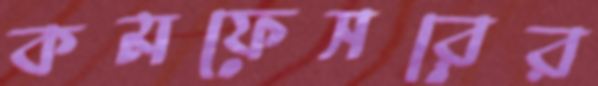
কমফেসরের